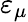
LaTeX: \varepsilon_{\mu}